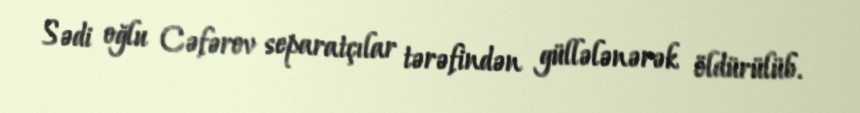
Sədi oğlu Cəfərov separatçılar tərəfindən güllələnərək öldürülüb.